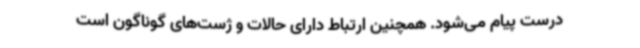
درست پیام می‌شود. همچنین ارتباط دارای حالات و ژست‌های گوناگون است